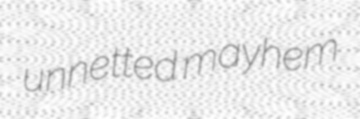
unnetted mayhem